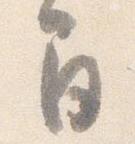
間